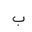
Letter: _ba